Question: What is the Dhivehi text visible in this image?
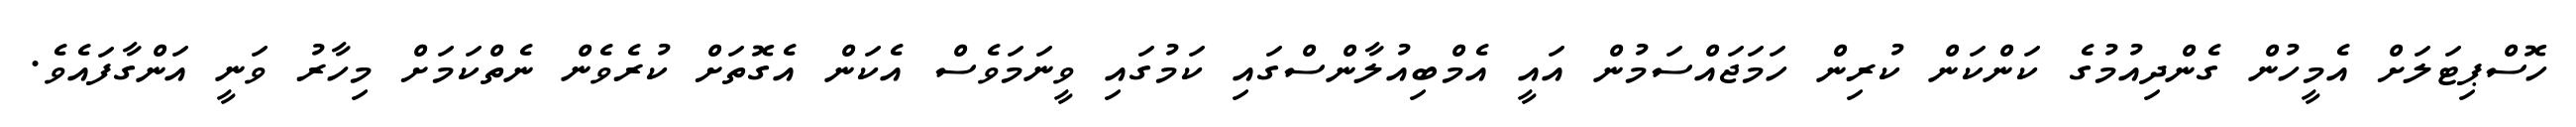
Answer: ހޮސްޕިޓަލަށް އެމީހުން ގެންދިއުމުގެ ކަންކަން ކުރިން ހަމަޖައްސަމުން އައީ އެމްބިއުލާންސްގައި ކަމުގައި ވީނަމަވެސް އެކަން އެގޮތަށް ކުރެވެން ނެތްކަމަށް މިހާރު ވަނީ އަންގާފައެވެ.